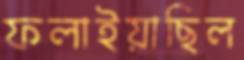
ফলাইয়াছিল